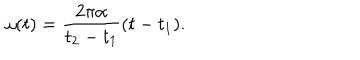
LaTeX: \omega ( t ) = { \frac { 2 \pi \alpha } { t _ { 2 } - t _ { 1 } } } { ( t - t _ { 1 } ) } .